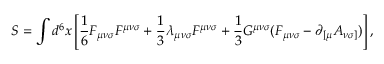
S = \int d ^ { 6 } x \left[ { \frac 1 6 } F _ { { \mu } { \nu } { \sigma } } F ^ { { \mu } { \nu } { \sigma } } + { \frac 1 3 } { \lambda } _ { { \mu } { \nu } { \sigma } } { \cal F } ^ { { \mu } { \nu } { \sigma } } + { \frac 1 3 } G ^ { { \mu } { \nu } { \sigma } } ( F _ { { \mu } { \nu } { \sigma } } - { \partial } _ { [ { \mu } } A _ { { \nu } { \sigma } ] } ) \right] ,